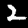
Label: 2